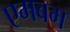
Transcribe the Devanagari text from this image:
एमबम